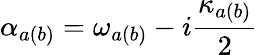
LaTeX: \alpha_{a(b)}=\omega_{a(b)}-i\frac{\kappa_{a(b)}}{2}